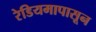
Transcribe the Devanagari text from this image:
रेडियमापासून